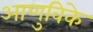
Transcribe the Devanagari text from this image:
आणुविके